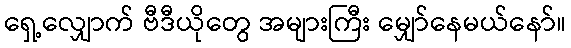
ရှေ့လျှောက် ဗီဒီယိုတွေ အများကြီး မျှော်နေမယ်နော်။